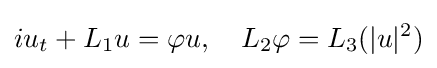
\displaystyle iu_{t}+L_{1}u=\varphi u,\quad \displaystyle L_{2}\varphi =L_{3}(|u|^{2})